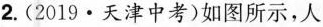
2.(2019·天津中考)如图所示，人